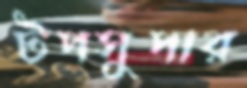
টপসুপার